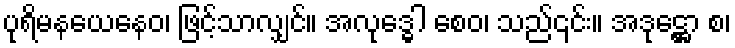
ပုရိမနယေနေဝ၊ ဖြင့်သာလျှင်။ အလုဒ္ဓေါ စေဝ၊ သည်၎င်း။ အဒုဋ္ဌော စ၊